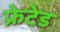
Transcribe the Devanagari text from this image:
फ्रेटेड